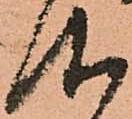
仰